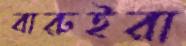
বারুইরা